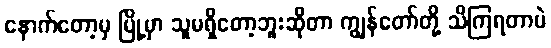
နောက်တော့မှ မြို့မှာ သူမရှိတော့ဘူးဆိုတာ ကျွန်တော်တို့ သိကြရတာပဲ